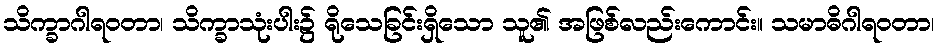
သိက္ခာဂါရဝတာ၊ သိက္ခာသုံးပါး၌ ရိုသေခြင်းရှိသော သူ၏ အဖြစ်လည်းကောင်း။ သမာဓိဂါရဝတာ၊